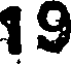
19